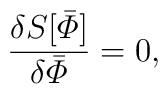
{\delta S[\bar {\mit\Phi}] \over \delta \bar {\mit\Phi}} = 0,